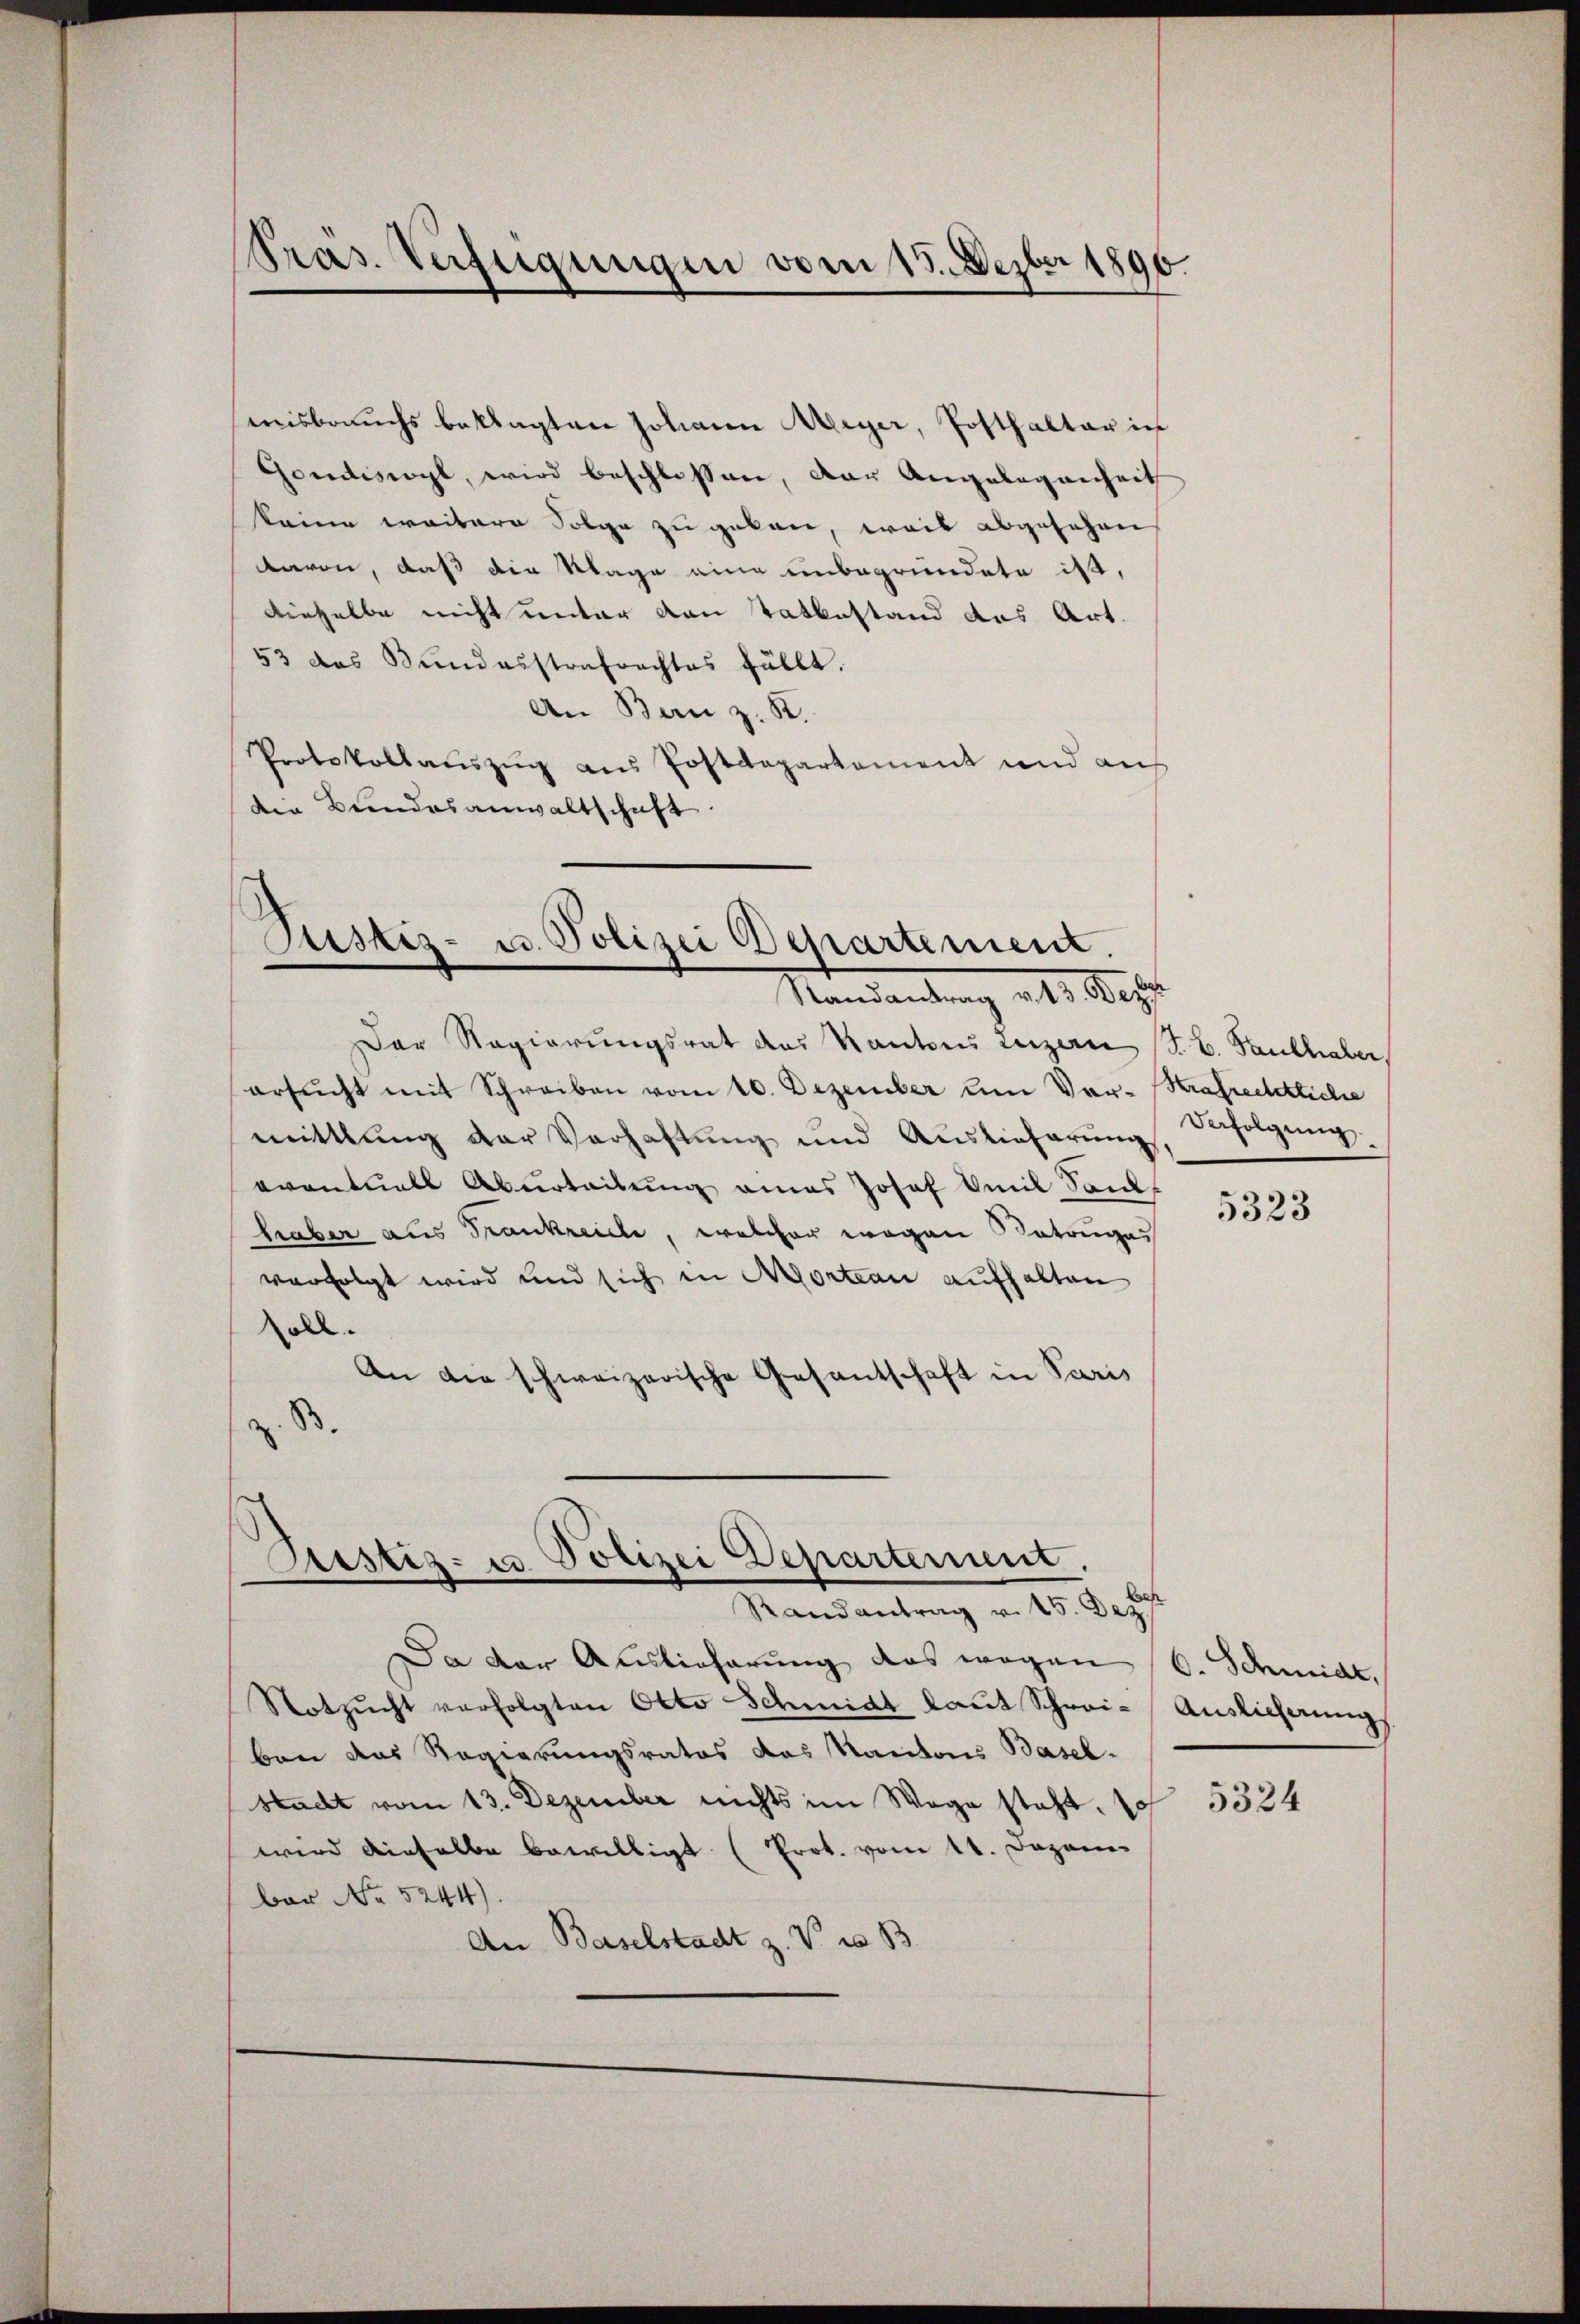
Präs. Verfügungen vom 15. Dezbr 1890.

misbrauchs beklagten Johann Meyer, Posthalter in
Gondiswyl, wird beschlossen, der Angelegenheit
keine weitere Folge zu geben, weis abgesehen
davon, daß die Klage eine unbegründete ist,
dieselbe nicht unter den Tatbestand das Art.
53 des Bundesstrafrechtes fällt.
An Bern z. K.
Protokollaŭszŭg aŭs Postdepartement und auf
die Bundesanwaltschaft.

Justiz- u. Polizei Departement.
Mandantung als Sept

Der Regierungsrat des Kantons Luzern (T. E. Fauthaber,
ersŭcht mit Schreiben vom 10. Dezember um Vor-Strafrechtliche
mittlung der Verhaftung und Auslieferung
eventuell Aburteilung eines Josef Amil Sand
haber aus Trankreiche, welcher wegen Betruges
verfolgt wird und sich in Mortian aufhalten
oll.
An die schweizerische Gesantschaft in Paris
.

Sistiz- u Polizei Departement,
Randantrag v. 15. Dez. f

Da der Auslieferung das wegen (C. Schmide,
Notzŭcht verfolgten Otto Schmidt laut Schrei- Auslieferungs
ben das Regierungsrates das Kantons Basel-
Stadt vom 13. Dezember nichts im Wege steht. S 5324
wird dieselbe bewilligt (Prot. vom 11. Dezem
bor No 5244)
An Baselstadt z. V i 13.

Derfolgung

5323